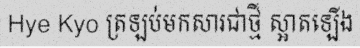
Hye Kyo ត្រឡប់មកសារជាថ្មី ស្អាតឡើង